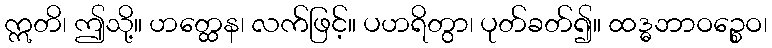
ဣတိ၊ ဤသို့။ ဟတ္ထေန၊ လက်ဖြင့်။ ပဟရိတွာ၊ ပုတ်ခတ်၍။ ထဒ္ဓဘာဝဉ္စေဝ၊